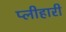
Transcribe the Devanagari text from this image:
प्लीहारी